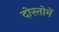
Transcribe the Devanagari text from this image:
दोस्तोमें